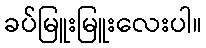
ခပ်မြူးမြူးလေးပါ။